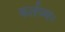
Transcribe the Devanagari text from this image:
कर्तव्यः